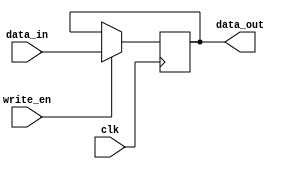
module data_register
(
    input clk,
    input write_en,
    input [15:0] data_in,
    output reg [15:0] data_out
);

always @ (posedge clk)
begin
	if (write_en == 1)
		data_out <= data_in;
end
endmodule